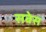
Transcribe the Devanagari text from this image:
सबेस